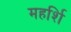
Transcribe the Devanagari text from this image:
महर्शि